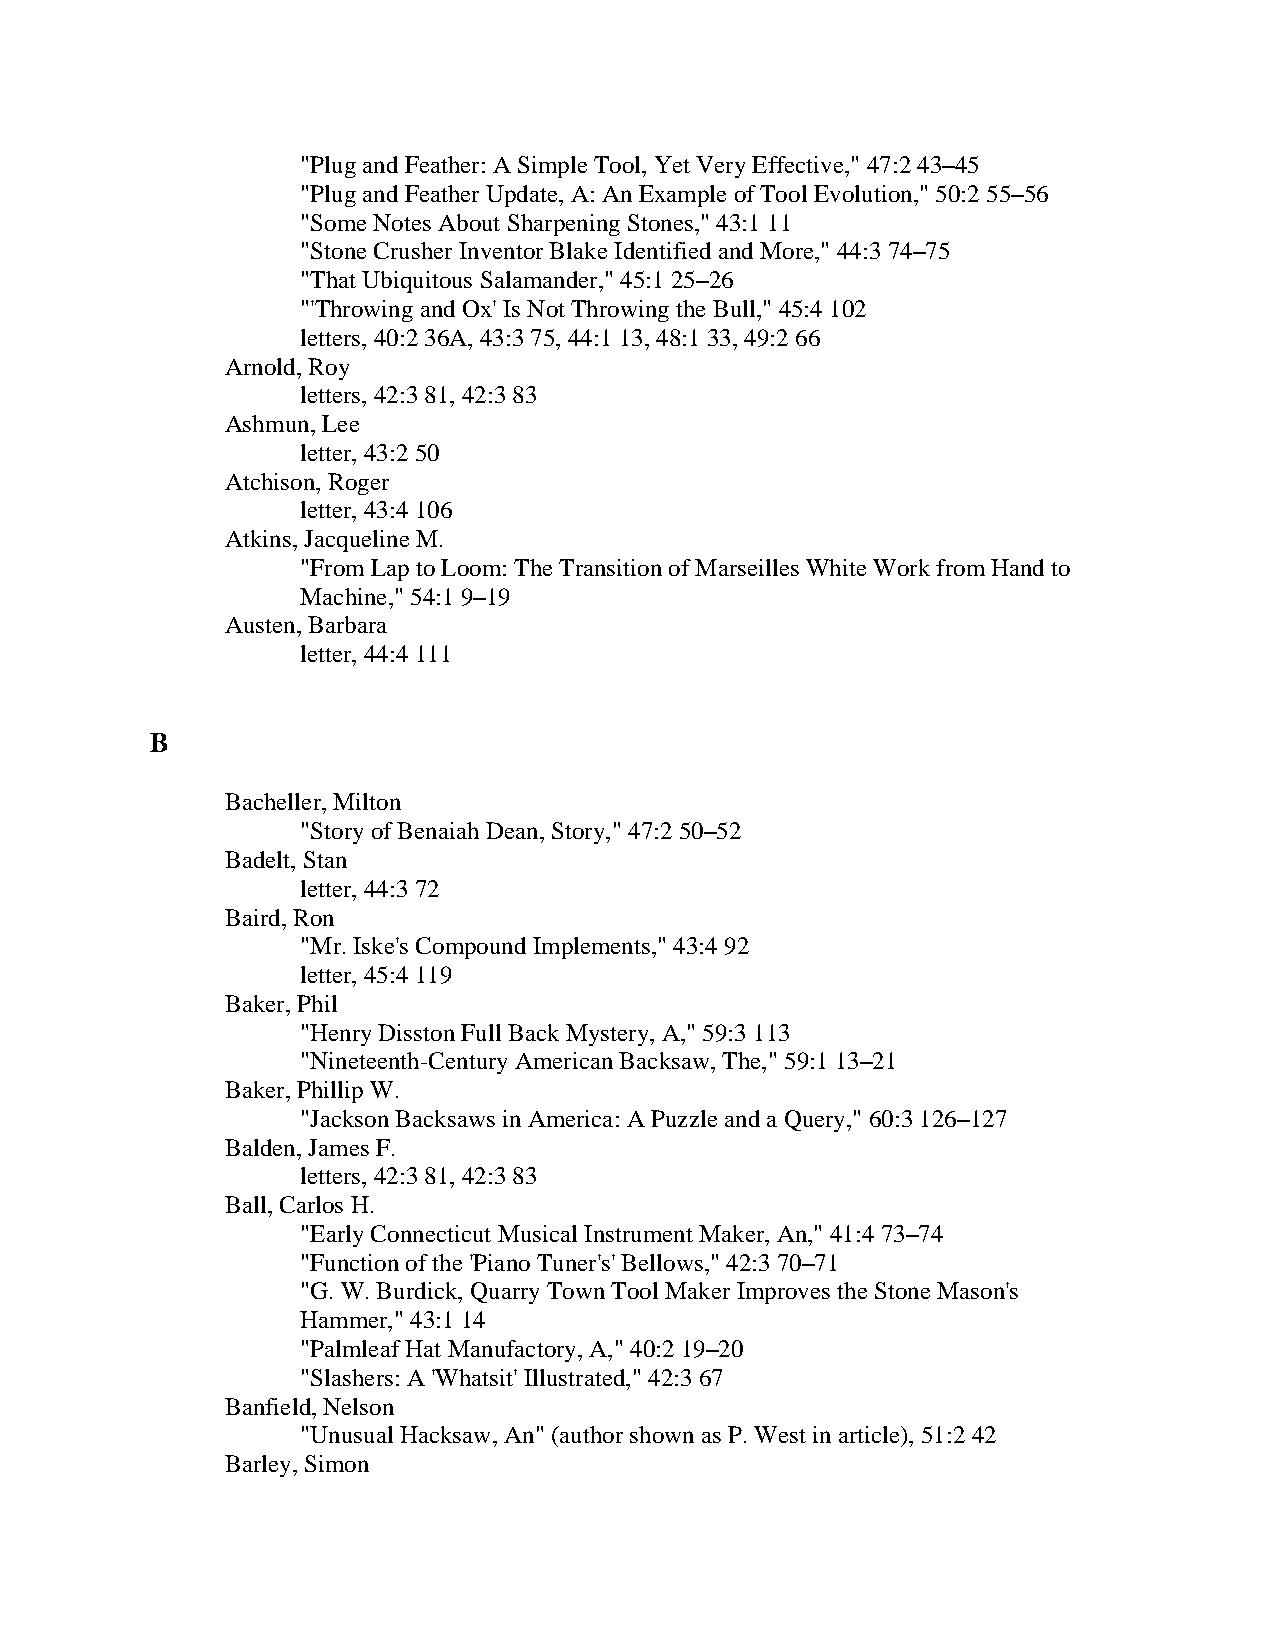
"Plug and Feather: A Simple Tool, Yet Very Effective," 47:2 43–45
 "Plug and Feather Update, A: An Example of Tool Evolution," 50:2 55–56
 "Some Notes About Sharpening Stones," 43:1 11
 "Stone Crusher Inventor Blake Identified and More," 44:3 74–75
 "That Ubiquitous Salamander," 45:1 25–26
 "'Throwing and Ox' Is Not Throwing the Bull," 45:4 102
 letters, 40:2 36A, 43:3 75, 44:1 13, 48:1 33, 49:2 66
 Arnold, Roy
 letters, 42:3 81, 42:3 83
 Ashmun, Lee
 letter, 43:2 50
 Atchison, Roger
 letter, 43:4 106
 Atkins, Jacqueline M.
 "From Lap to Loom: The Transition of Marseilles White Work from Hand to
 Machine," 54:1 9–19
 Austen, Barbara
 letter, 44:4 111
 B
 Bacheller, Milton
 "Story of Benaiah Dean, Story," 47:2 50–52
 Badelt, Stan
 letter, 44:3 72
 Baird, Ron
 "Mr. Iske's Compound Implements," 43:4 92
 letter, 45:4 119
 Baker, Phil
 "Henry Disston Full Back Mystery, A," 59:3 113
 "Nineteenth-Century American Backsaw, The," 59:1 13–21
 Baker, Phillip W.
 "Jackson Backsaws in America: A Puzzle and a Query," 60:3 126–127
 Balden, James F.
 letters, 42:3 81, 42:3 83
 Ball, Carlos H.
 "Early Connecticut Musical Instrument Maker, An," 41:4 73–74
 "Function of the 'Piano Tuner's' Bellows," 42:3 70–71
 "G. W. Burdick, Quarry Town Tool Maker Improves the Stone Mason's
 Hammer," 43:1 14
 "Palmleaf Hat Manufactory, A," 40:2 19–20
 "Slashers: A 'Whatsit' Illustrated," 42:3 67
 Banfield, Nelson
 "Unusual Hacksaw, An" (author shown as P. West in article), 51:2 42
 Barley, Simon